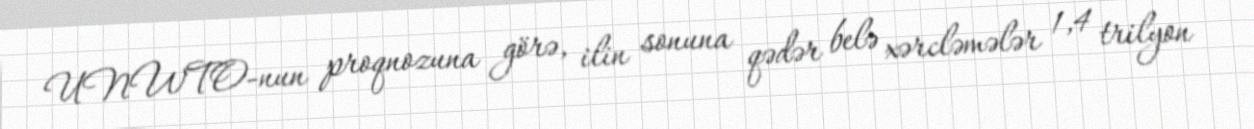
UNWTO-nun proqnozuna görə, ilin sonuna qədər belə xərcləmələr 1,4 trilyon